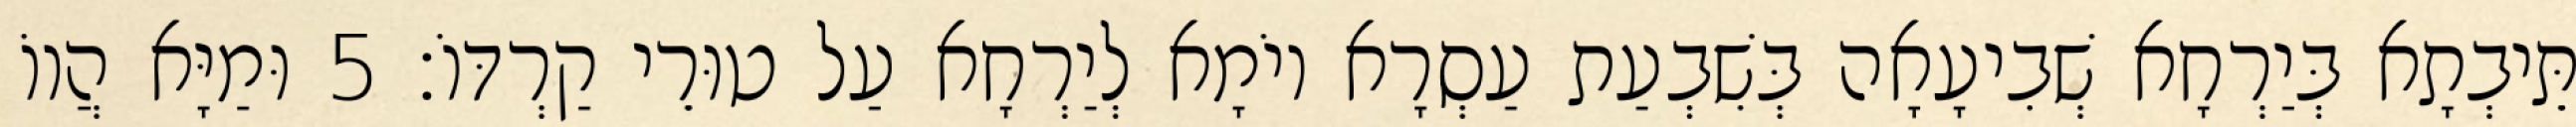
תֵּיבְתָא בְּיַרְחָא שְׁבִיעָאָה בְּשִׁבְעַת עַסְרָא יוֹמָא לְיַרְחָא עַל טוּרֵי קַרְדּוֹ׃ 5 וּמַיָּא הֲווֹ